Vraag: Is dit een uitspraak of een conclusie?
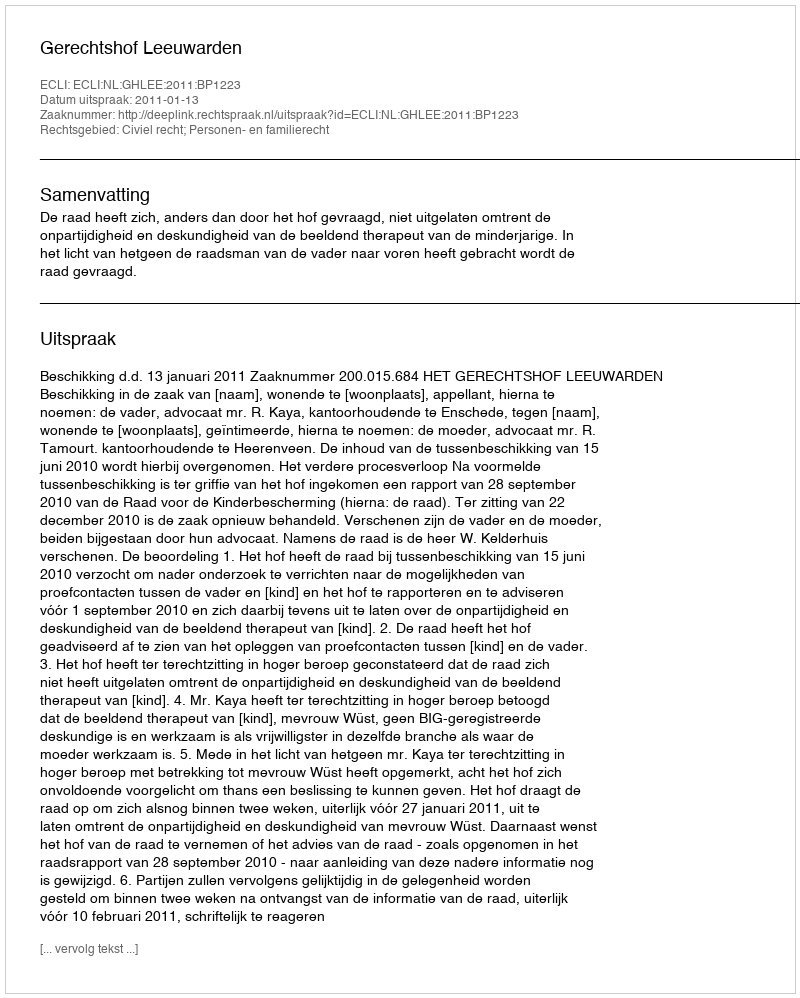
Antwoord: Uitspraak